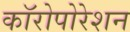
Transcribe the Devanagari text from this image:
कॉरोपोरेशन